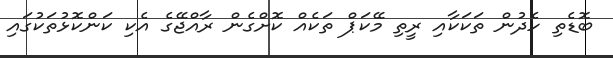
ބޮޑެތި ހެދުން ތަކަކާއި ރީތި މޭކަޕް ތަކެއް ކޮށްގެން ރާއްޖޭގެ އެކި ކަންކޮޅުތަކުގައި